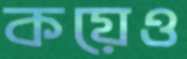
কয়েও